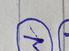
Signature authenticity: genuine